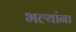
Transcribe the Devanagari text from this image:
भल्यांना